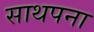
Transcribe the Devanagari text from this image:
साथपना